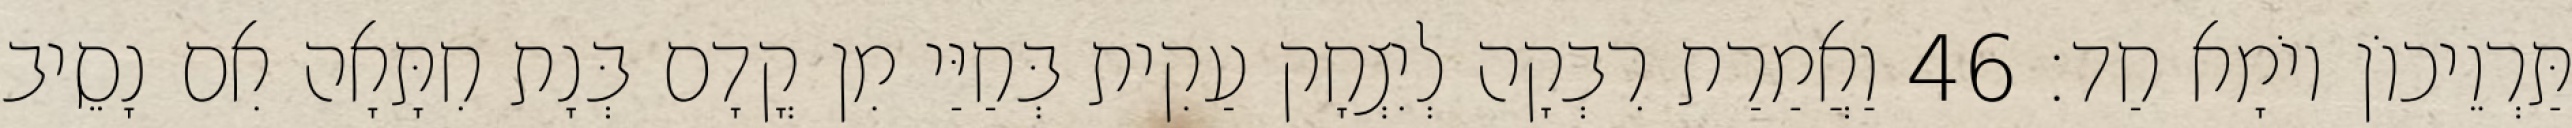
תַּרְוֵיכוֹן יוֹמָא חַד׃ 46 וַאֲמַרַת רִבְקָה לְיִצְחָק עַקִית בְּחַיַּי מִן קֳדָם בְּנָת חִתָּאָה אִם נָסֵיב